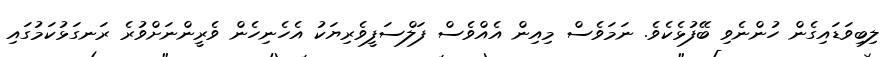
ލިބިވަޑައިގެން ހުންނެވި ބޭފުޅެކެވެ. ނަމަވެސް މިއިން އެއްވެސް ފަލްސަފީވެރިޔަކު އެހެނިހެން ވެރީންނަށްވުރެ ރަނގަޅުކަމުގައި